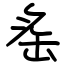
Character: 䍃